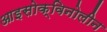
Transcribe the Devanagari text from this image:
आइसोक्विनोलीन